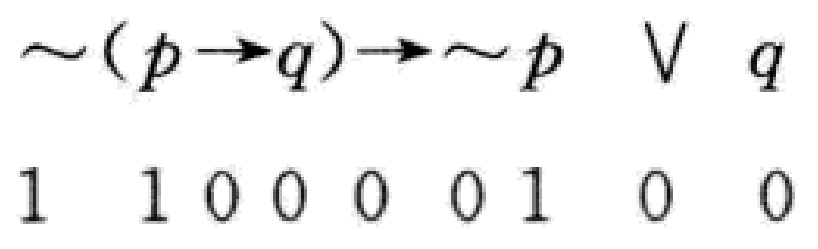
\(\sim(p\rightarrow q)\rightarrow\sim p\vee q\)
1 1 0 0 0 0 1 0 0